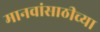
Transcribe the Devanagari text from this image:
मानवांसाठीच्या